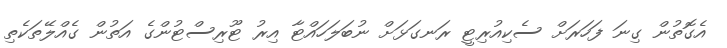
އެގޮތުން ގިނަ ފަހަރަށް ސެކިއުރިޓީ ރަނގަޅަށް ނުބަލަހައްޓާ އިރު ޓޫރިސްޓުންގެ އަތުން ގެއްލޭތަކެތި